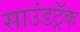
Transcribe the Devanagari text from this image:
साउंडट्रॅक